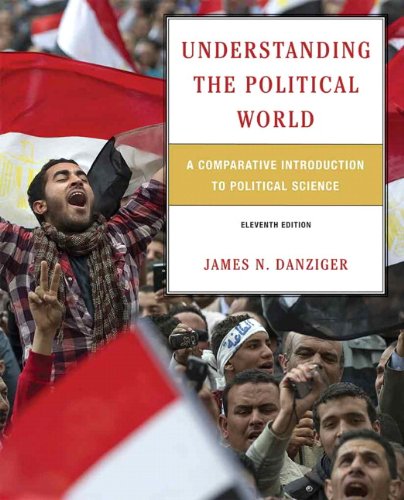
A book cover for Understanding the Political World: A Comparative Introduction to Political Science (11th Edition); James N. Danziger; Law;